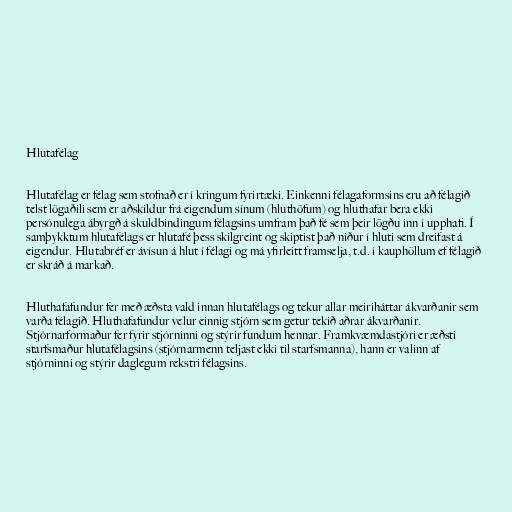
Hlutafélag

Hlutafélag er félag sem stofnað er í kringum fyrirtæki. Einkenni félagaformsins eru að félagið
telst lögaðili sem er aðskildur frá eigendum sínum (hluthöfum) og hluthafar bera ekki
persónulega ábyrgð á skuldbindingum félagsins umfram það fé sem þeir lögðu inn í upphafi. Í
samþykktum hlutafélags er hlutafé þess skilgreint og skiptist það niður í hluti sem dreifast á
eigendur. Hlutabréf er ávísun á hlut í félagi og má yfirleitt framselja, t.d. í kauphöllum ef félagið
er skráð á markað.

Hluthafafundur fer með æðsta vald innan hlutafélags og tekur allar meiriháttar ákvarðanir sem
varða félagið. Hluthafafundur velur einnig stjórn sem getur tekið aðrar ákvarðanir.
Stjórnarformaður fer fyrir stjórninni og stýrir fundum hennar. Framkvæmdastjóri er æðsti
starfsmaður hlutafélagsins (stjórnarmenn teljast ekki til starfsmanna), hann er valinn af
stjórninni og stýrir daglegum rekstri félagsins.